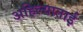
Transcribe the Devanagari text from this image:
अहिल्याताई